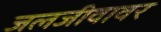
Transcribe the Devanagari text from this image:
जलजीवावर